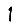
Digit: 1